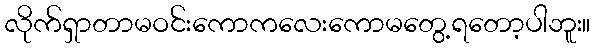
လိုက်ရှာတာမဝင်းကောကလေးကောမတွေ့ရတော့ပါဘူး။